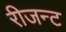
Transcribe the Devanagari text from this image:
रीजन्ट